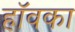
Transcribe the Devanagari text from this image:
हॉवका